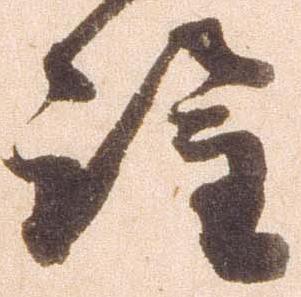
詮